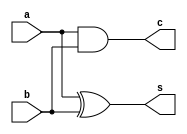
/* mdulo HalfAdder */
/* Leonardo Vecchi Meirelles - 12011ECP002 */

`ifndef _HalfAdder_
`define _HalfAdder_

module HalfAdder(s, c, a, b);
    input a, b;
    output s, c;

    xor xor0(s, a, b);
    and and0(c, a, b);
    // Descrio de conexes internas do mdulo

endmodule

`endif